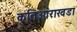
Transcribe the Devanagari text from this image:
कृतिआराखडा